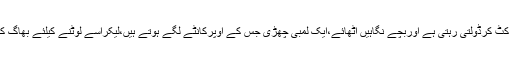
ا پنے مرکزسے کٹ کرڈولتی رہتی ہے اوربچے نگاہیں اٹھائے،ایک لمبی چھڑی جس کے اوپرکانٹے لگے ہوتے ہیں،لیکراسے لوٹنے کیلئے بھاگ کھڑے ہوتے ہیں۔